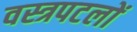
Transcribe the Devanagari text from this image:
वस्त्रपटलों